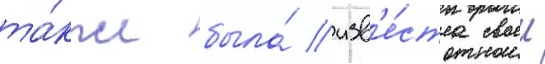
та́кже была́ изв'е́стна своеи